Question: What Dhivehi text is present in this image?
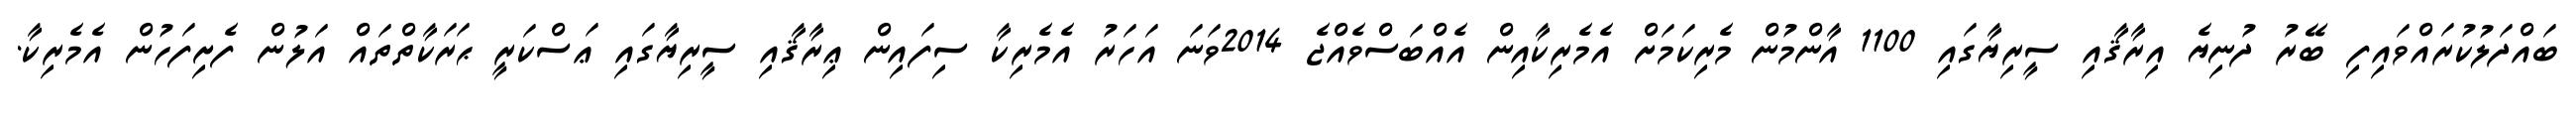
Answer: ބައްދަލުކުރައްވައިފި ބޭރު ދުނިޔެ އިރާޤާއި ސީރިޔާގައި 1100 އާންމުން މެރިކަމަށް އެމެރިކާއިން އެއްބަސްވެއްޖެ 2014ވަނަ އަހަރު އެމެރިކާ ސިފައިން ޢިރާޤާއި ސީރިޔާގައި ޢަސްކަރީ ޙަރަކާތްތައް އަލުން ފެށިފަހުން އެމެރިކާ.